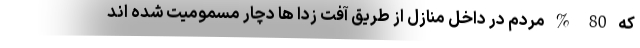
که 80 % مردم در داخل منازل از طریق آفت زدا ها دچار مسمومیت شده اند